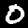
Digit: 0